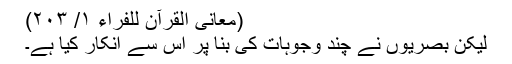
(معانی القرآن للفراء ١/ ٢٠٣)
لیکن بصریوں نے چند وجوہات کی بنا پر اس سے انکار کیا ہے۔